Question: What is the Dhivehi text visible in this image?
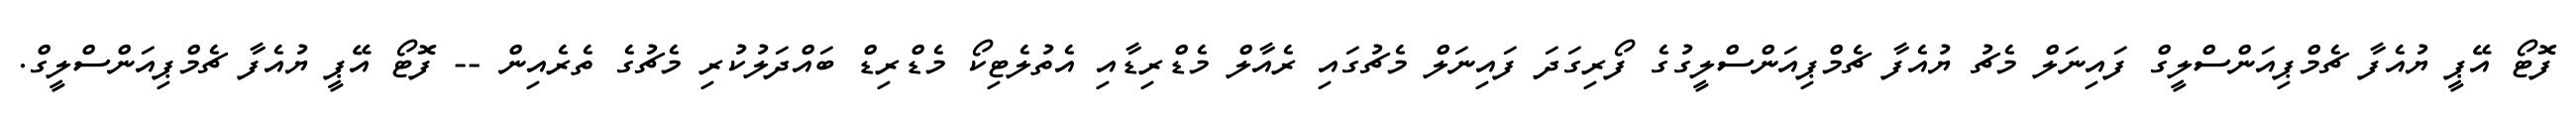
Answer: ފޮޓޯ އޭޕީ ޔުއެފާ ޗެމްޕިއަންސްލީގް ފައިނަލް މެޗު ޔުއެފާ ޗެމްޕިއަންސްލީގުގެ ފޯރިގަދަ ފައިނަލް މެޗުގައި ރެއާލް މެޑްރިޑާއި އެތުލެޓިކޯ މެޑްރިޑް ބައްދަލުކުރި މެޗުގެ ތެރެއިން -- ފޮޓޯ އޭޕީ ޔުއެފާ ޗެމްޕިއަންސްލީގް.